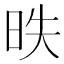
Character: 昳